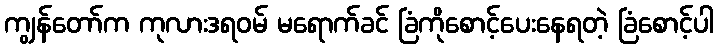
ကျွန်တော်က ကုလားဒရဝမ် မရောက်ခင် ခြံကိုစောင့်ပေးနေရတဲ့ ခြံစောင့်ပါ